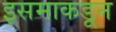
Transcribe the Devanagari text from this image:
इसमाकडून